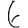
Digit: 6